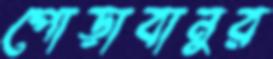
পোড়াবানুর